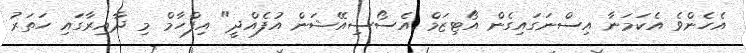
އެހެންވެ އެކަމަނާ އިސްނަގައިގެން އޯޓިޒަމް އެސޯސިއޭޝަން އުފެއްދީ" އިފްހާމް މި ދާއިރާގައި ހަތަރު